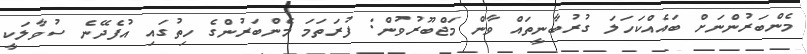
މެންބަރުންނަށް ބައެއްކަހަލަ ގުރުބާނީތައް ވާން މަޖްބޫރުވުން: ފުރަތަމަ މެންބަރުންގެ ހިތުގައި އުފެދޭނެ ސުވާލަކީ